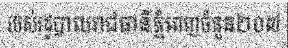
របស់រដ្ឋបាលរាជធានីភ្នំពេញចំនួន២០៧